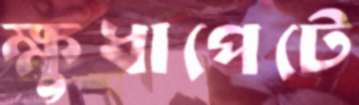
ক্ষুধাপেটে